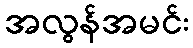
အလွန်အမင်း